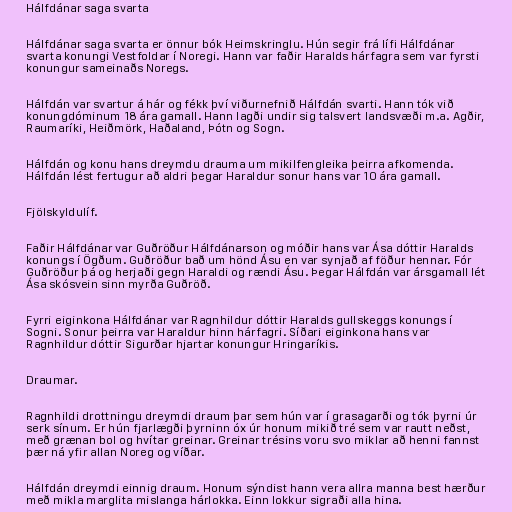
Hálfdánar saga svarta

Hálfdánar saga svarta er önnur bók Heimskringlu. Hún segir frá lífi Hálfdánar
svarta konungi Vestfoldar í Noregi. Hann var faðir Haralds hárfagra sem var fyrsti
konungur sameinaðs Noregs.

Hálfdán var svartur á hár og fékk því viðurnefnið Hálfdán svarti. Hann tók við
konungdóminum 18 ára gamall. Hann lagði undir sig talsvert landsvæði m.a. Agðir,
Raumaríki, Heiðmörk, Haðaland, Þótn og Sogn.

Hálfdán og konu hans dreymdu drauma um mikilfengleika þeirra afkomenda.
Hálfdán lést fertugur að aldri þegar Haraldur sonur hans var 10 ára gamall.

Fjölskyldulíf.

Faðir Hálfdánar var Guðröður Hálfdánarson og móðir hans var Ása dóttir Haralds
konungs í Ögðum. Guðröður bað um hönd Ásu en var synjað af föður hennar. Fór
Guðröður þá og herjaði gegn Haraldi og rændi Ásu. Þegar Hálfdán var ársgamall lét
Ása skósvein sinn myrða Guðröð.

Fyrri eiginkona Hálfdánar var Ragnhildur dóttir Haralds gullskeggs konungs í
Sogni. Sonur þeirra var Haraldur hinn hárfagri. Síðari eiginkona hans var
Ragnhildur dóttir Sigurðar hjartar konungur Hringaríkis.

Draumar.

Ragnhildi drottningu dreymdi draum þar sem hún var í grasagarði og tók þyrni úr
serk sínum. Er hún fjarlægði þyrninn óx úr honum mikið tré sem var rautt neðst,
með grænan bol og hvítar greinar. Greinar trésins voru svo miklar að henni fannst
þær ná yfir allan Noreg og víðar.

Hálfdán dreymdi einnig draum. Honum sýndist hann vera allra manna best hærður
með mikla marglita mislanga hárlokka. Einn lokkur sigraði alla hina.